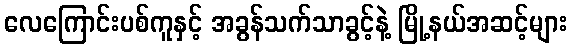
လေကြောင်းပစ်ကူနှင့် အခွန်သက်သာခွင့်နဲ့ မြို့နယ်အဆင့်များ